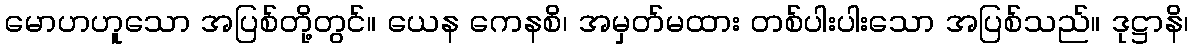
မောဟဟူသော အပြစ်တို့တွင်။ ယေန ကေနစိ၊ အမှတ်မထား တစ်ပါးပါးသော အပြစ်သည်။ ဒုဋ္ဌာနိ၊